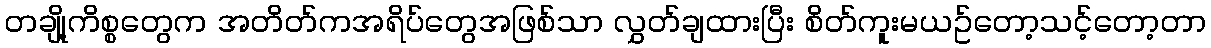
တချို့ကိစ္စတွေက အတိတ်ကအရိပ်တွေအဖြစ်သာ လွှတ်ချထားပြီး စိတ်ကူးမယဥ်တော့သင့်တော့တာ